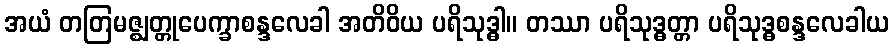
အယံ တတြမဇ္ဈတ္တုပေက္ခာစန္ဒလေခါ အတိဝိယ ပရိသုဒ္ဓါ။ တဿာ ပရိသုဒ္ဓတ္တာ ပရိသုဒ္ဓစန္ဒလေခါယ